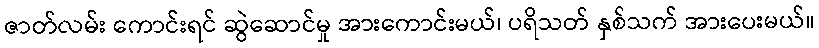
ဇာတ်လမ်း ကောင်းရင် ဆွဲဆောင်မှု အားကောင်းမယ်၊ ပရိသတ် နှစ်သက် အားပေးမယ်။